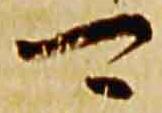
可